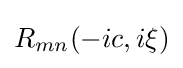
R_{mn}(-ic,i\xi )